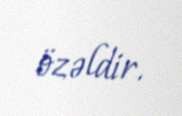
özəldir.